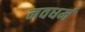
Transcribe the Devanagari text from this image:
नवधर्म